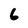
Character: 6